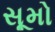
સૂમો